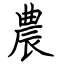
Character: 農